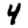
Digit: 4